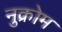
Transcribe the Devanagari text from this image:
नुक्रोम